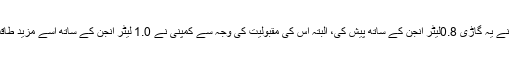
ادارے نے یہ گاڑی 0.8لیٹر انجن کے ساتھ پیش کی، البتہ اس کی مقبولیت کی وجہ سے کمپنی نے 1.0 لیٹر انجن کے ساتھ اسے مزید طاقت دی۔